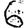
Digit: 6